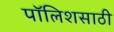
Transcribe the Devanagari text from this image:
पॉलिशसाठी